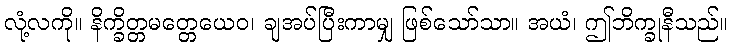
လုံ့လကို။ နိက္ခိတ္တမတ္တေယေဝ၊ ချအပ်ပြီးကာမျှ ဖြစ်သော်သာ။ အယံ၊ ဤဘိက္ခုနီသည်။